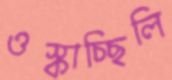
ওস্‌কাচ্ছিলি